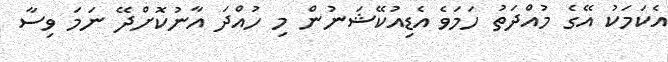
އެކަމަކު އޭގެ މުއްދަތު ހަމަވެ އެޑިއުކޭޝަނުން މި ހުއްދަ އާނުކޮށްދޭ ނަމަ ވިސާ